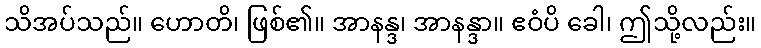
သိအပ်သည်။ ဟောတိ၊ ဖြစ်၏။ အာနန္ဒ၊ အာနန္ဒာ။ ဧဝံပိ ခေါ၊ ဤသို့လည်း။